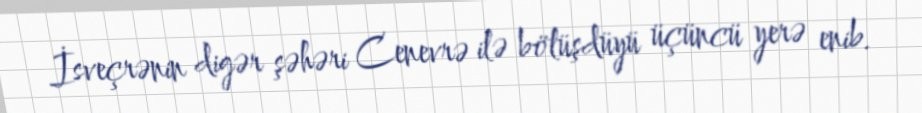
İsveçrənin digər şəhəri Cenevrə ilə bölüşdüyü üçüncü yerə enib.